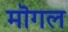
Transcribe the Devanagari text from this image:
मॊगल